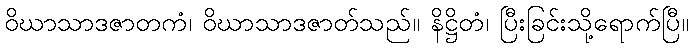
ဝိဃာသာဒဇာတကံ၊ ဝိဃာသာဒဇာတ်သည်။ နိဋ္ဌိတံ၊ ပြီးခြင်းသို့ရောက်ပြီ။